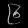
Digit: ၉